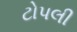
ટોપલી